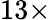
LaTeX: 13\times